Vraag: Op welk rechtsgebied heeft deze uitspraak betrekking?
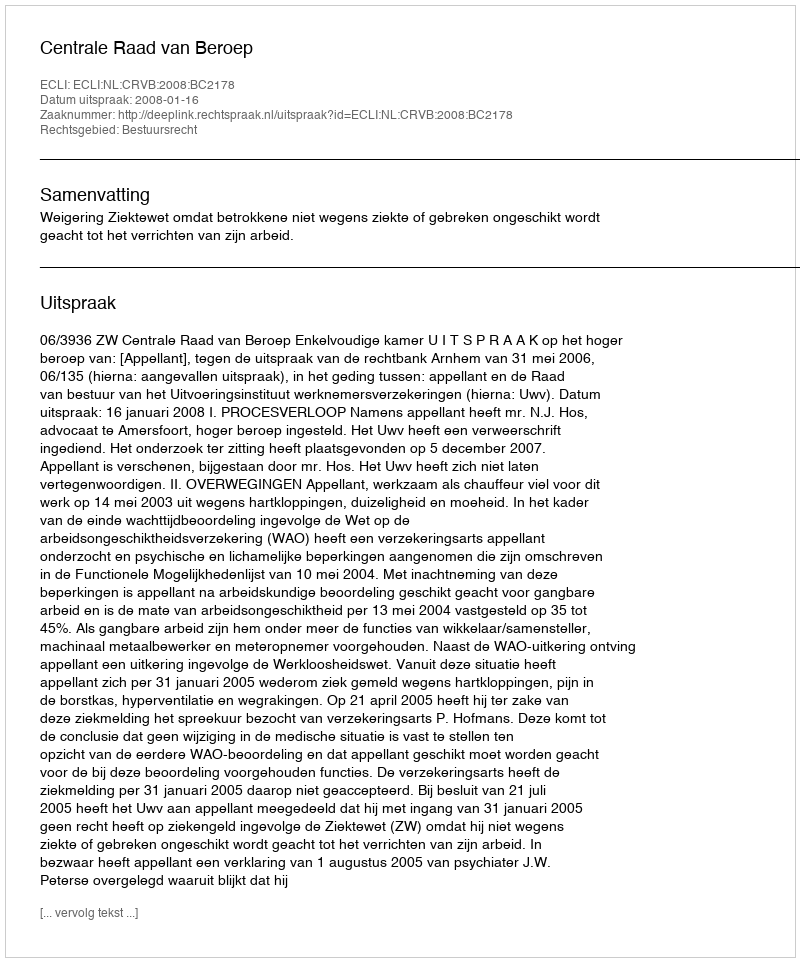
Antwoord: Bestuursrecht